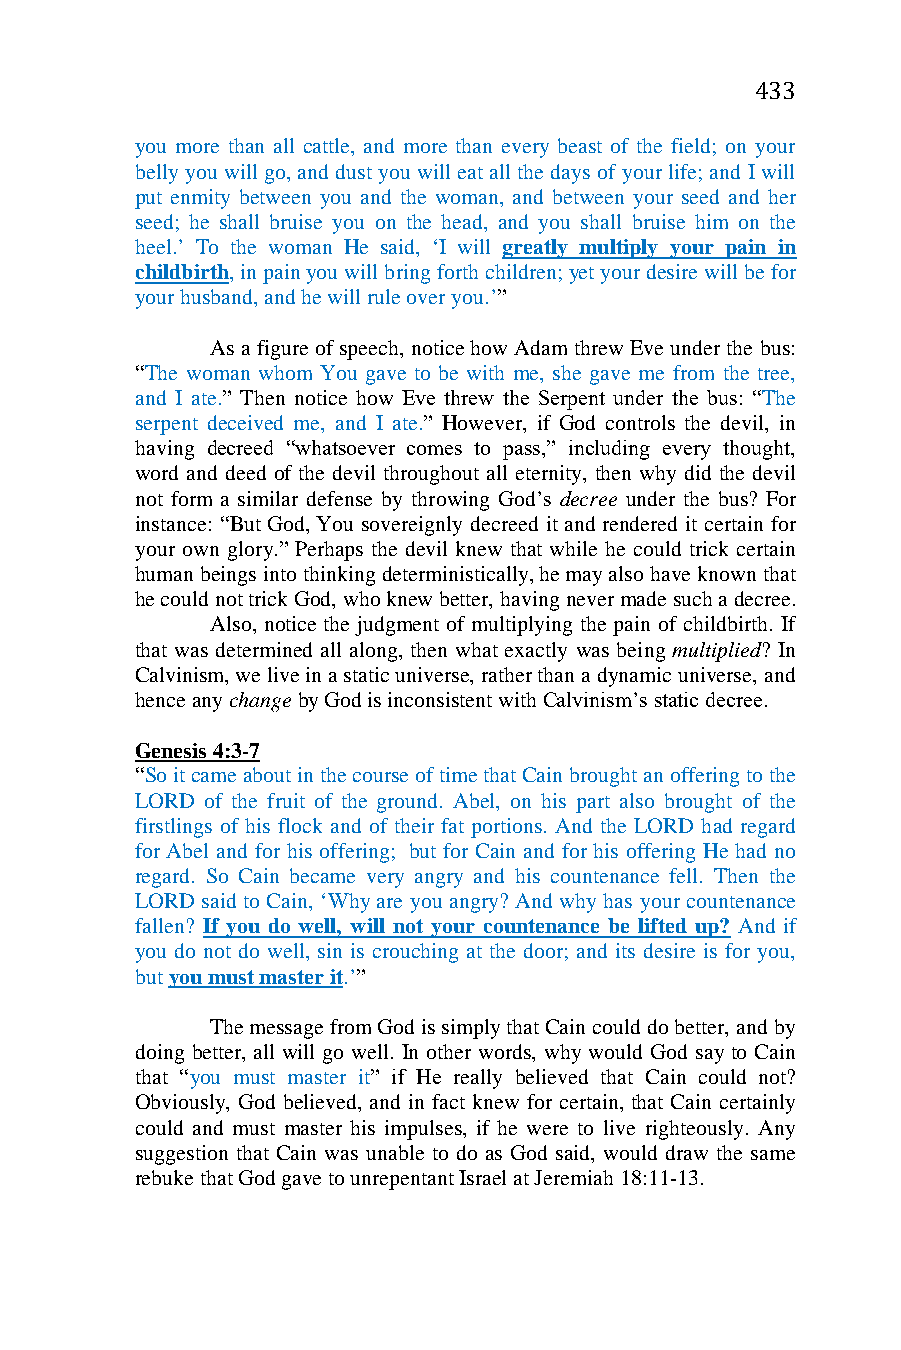
433
 you more than all cattle, and more than every beast of the field; on your
 belly you will go, and dust you will eat all the days of your life; and I will
 put enmity between you and the woman, and between your seed and her
 seed; he shall bruise you on the head, and you shall bruise him on the
 heel.’ To the woman He said, ‘I will greatly multiply your pain in
 childbirth, in pain you will bring forth children; yet your desire will be for
 your husband, and he will rule over you.’”
 As a figure of speech, notice how Adam threw Eve under the bus:
 “The woman whom You gave to be with me, she gave me from the tree,
 and I ate.” Then notice how Eve threw the Serpent under the bus: “The
 serpent deceived me, and I ate.” However, if God controls the devil, in
 having decreed “whatsoever comes to pass,” including every thought,
 word and deed of the devil throughout all eternity, then why did the devil
 not form a similar defense by throwing God’s decree under the bus? For
 instance: “But God, You sovereignly decreed it and rendered it certain for
 your own glory.” Perhaps the devil knew that while he could trick certain
 human beings into thinking deterministically, he may also have known that
 he could not trick God, who knew better, having never made such a decree.
 Also, notice the judgment of multiplying the pain of childbirth. If
 that was determined all along, then what exactly was being multiplied? In
 Calvinism, we live in a static universe, rather than a dynamic universe, and
 hence any change by God is inconsistent with Calvinism’s static decree.
 Genesis 4:3-7
 “So it came about in the course of time that Cain brought an offering to the
 LORD of the fruit of the ground. Abel, on his part also brought of the
 firstlings of his flock and of their fat portions. And the LORD had regard
 for Abel and for his offering; but for Cain and for his offering He had no
 regard. So Cain became very angry and his countenance fell. Then the
 LORD said to Cain, ‘Why are you angry? And why has your countenance
 fallen? If you do well, will not your countenance be lifted up? And if
 you do not do well, sin is crouching at the door; and its desire is for you,
 but you must master it.’”
 The message from God is simply that Cain could do better, and by
 doing better, all will go well. In other words, why would God say to Cain
 that “you must master it” if He really believed that Cain could not?
 Obviously, God believed, and in fact knew for certain, that Cain certainly
 could and must master his impulses, if he were to live righteously. Any
 suggestion that Cain was unable to do as God said, would draw the same
 rebuke that God gave to unrepentant Israel at Jeremiah 18:11-13.